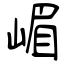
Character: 嵋